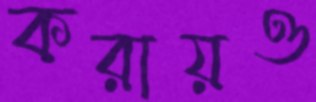
করায়ও